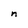
Character: n